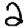
Digit: 2